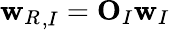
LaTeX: {\mathbf w_{R}}_{,I}={\mathbf O}_{I}{\mathbf w}_{I}